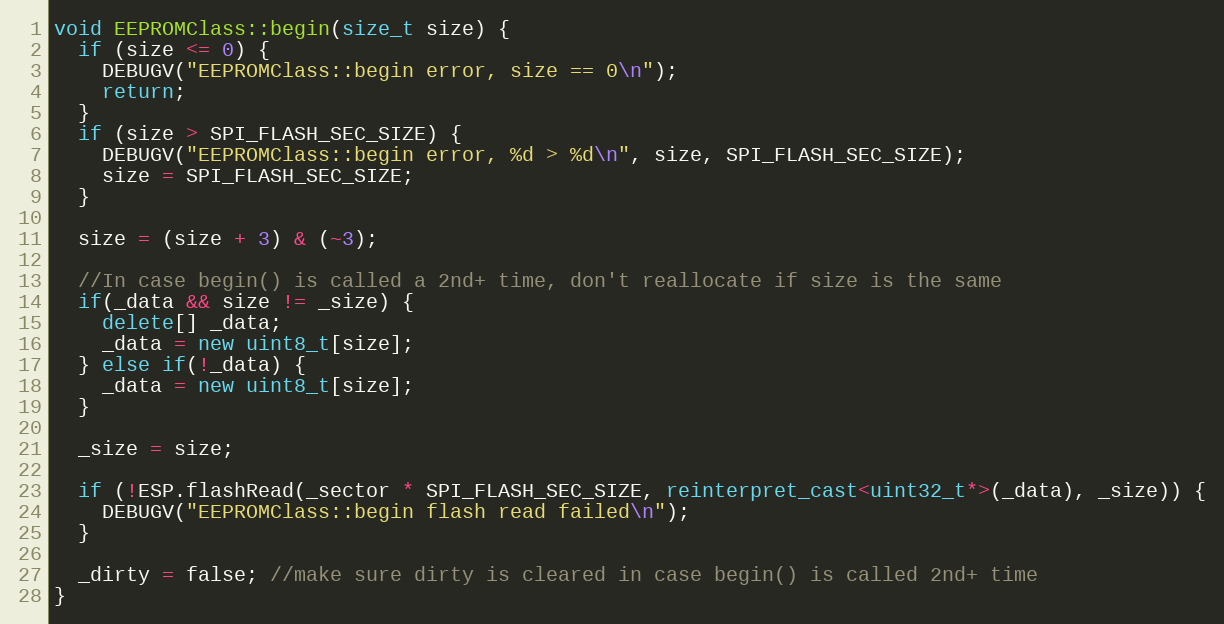
Language: C++
void EEPROMClass::begin(size_t size) {
  if (size <= 0) {
    DEBUGV("EEPROMClass::begin error, size == 0\n");
    return;
  }
  if (size > SPI_FLASH_SEC_SIZE) {
    DEBUGV("EEPROMClass::begin error, %d > %d\n", size, SPI_FLASH_SEC_SIZE);
    size = SPI_FLASH_SEC_SIZE;
  }

  size = (size + 3) & (~3);

  //In case begin() is called a 2nd+ time, don't reallocate if size is the same
  if(_data && size != _size) {
    delete[] _data;
    _data = new uint8_t[size];
  } else if(!_data) {
    _data = new uint8_t[size];
  }

  _size = size;

  if (!ESP.flashRead(_sector * SPI_FLASH_SEC_SIZE, reinterpret_cast<uint32_t*>(_data), _size)) {
    DEBUGV("EEPROMClass::begin flash read failed\n");
  }

  _dirty = false; //make sure dirty is cleared in case begin() is called 2nd+ time
}